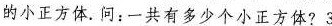
的小正方体。问：一共有多少个小正方体?3